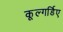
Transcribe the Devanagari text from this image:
कूल्गर्डिए